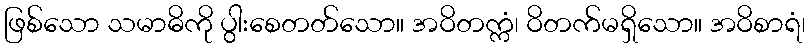
ဖြစ်သော သမာဓိကို ပွါးစေတတ်သော။ အဝိတက္ကံ၊ ဝိတက်မရှိသော။ အဝိစာရံ၊